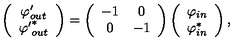
\left( \begin{array} { c c } { { \varphi } _ { o u t } ^ { \prime } } \\ { { { \varphi } ^ { \prime } } _ { o u t } ^ { * } } \\ \end{array} \right) = \left( \begin{array} { c c } { - 1 } & { 0 } \\ { 0 } & { - 1 } \\ \end{array} \right) \left( \begin{array} { c c } { \varphi _ { i n } } \\ { \varphi _ { i n } ^ { * } } \\ \end{array} \right) ,